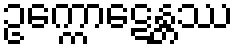
ဥက္ကောဋေန္တဿ